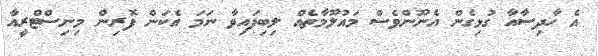
އެ ހާދިސާއާ ގުޅިގެން އެނޫންވެސް މައުލޫމާތެއް ލިބިފައިވާ ނަމަ އެކަން ފޮރިން މިނިސްޓްރީއާ